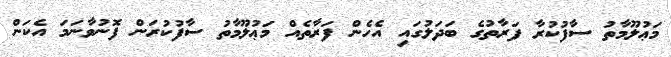
މަޢުލޫމާތު ސާފުކުރާ ފަރާތުގެ ބަދަލުގައި އެހެން ފަރާތެއް މަޢުލޫމާތު ސާފުކުރަން ފޮނުވާނަމަ އެކަން